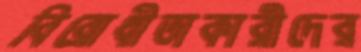
বিরোধীতাকারীদের